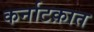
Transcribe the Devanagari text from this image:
कर्नाटक़ात